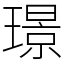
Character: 璟